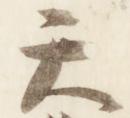
天